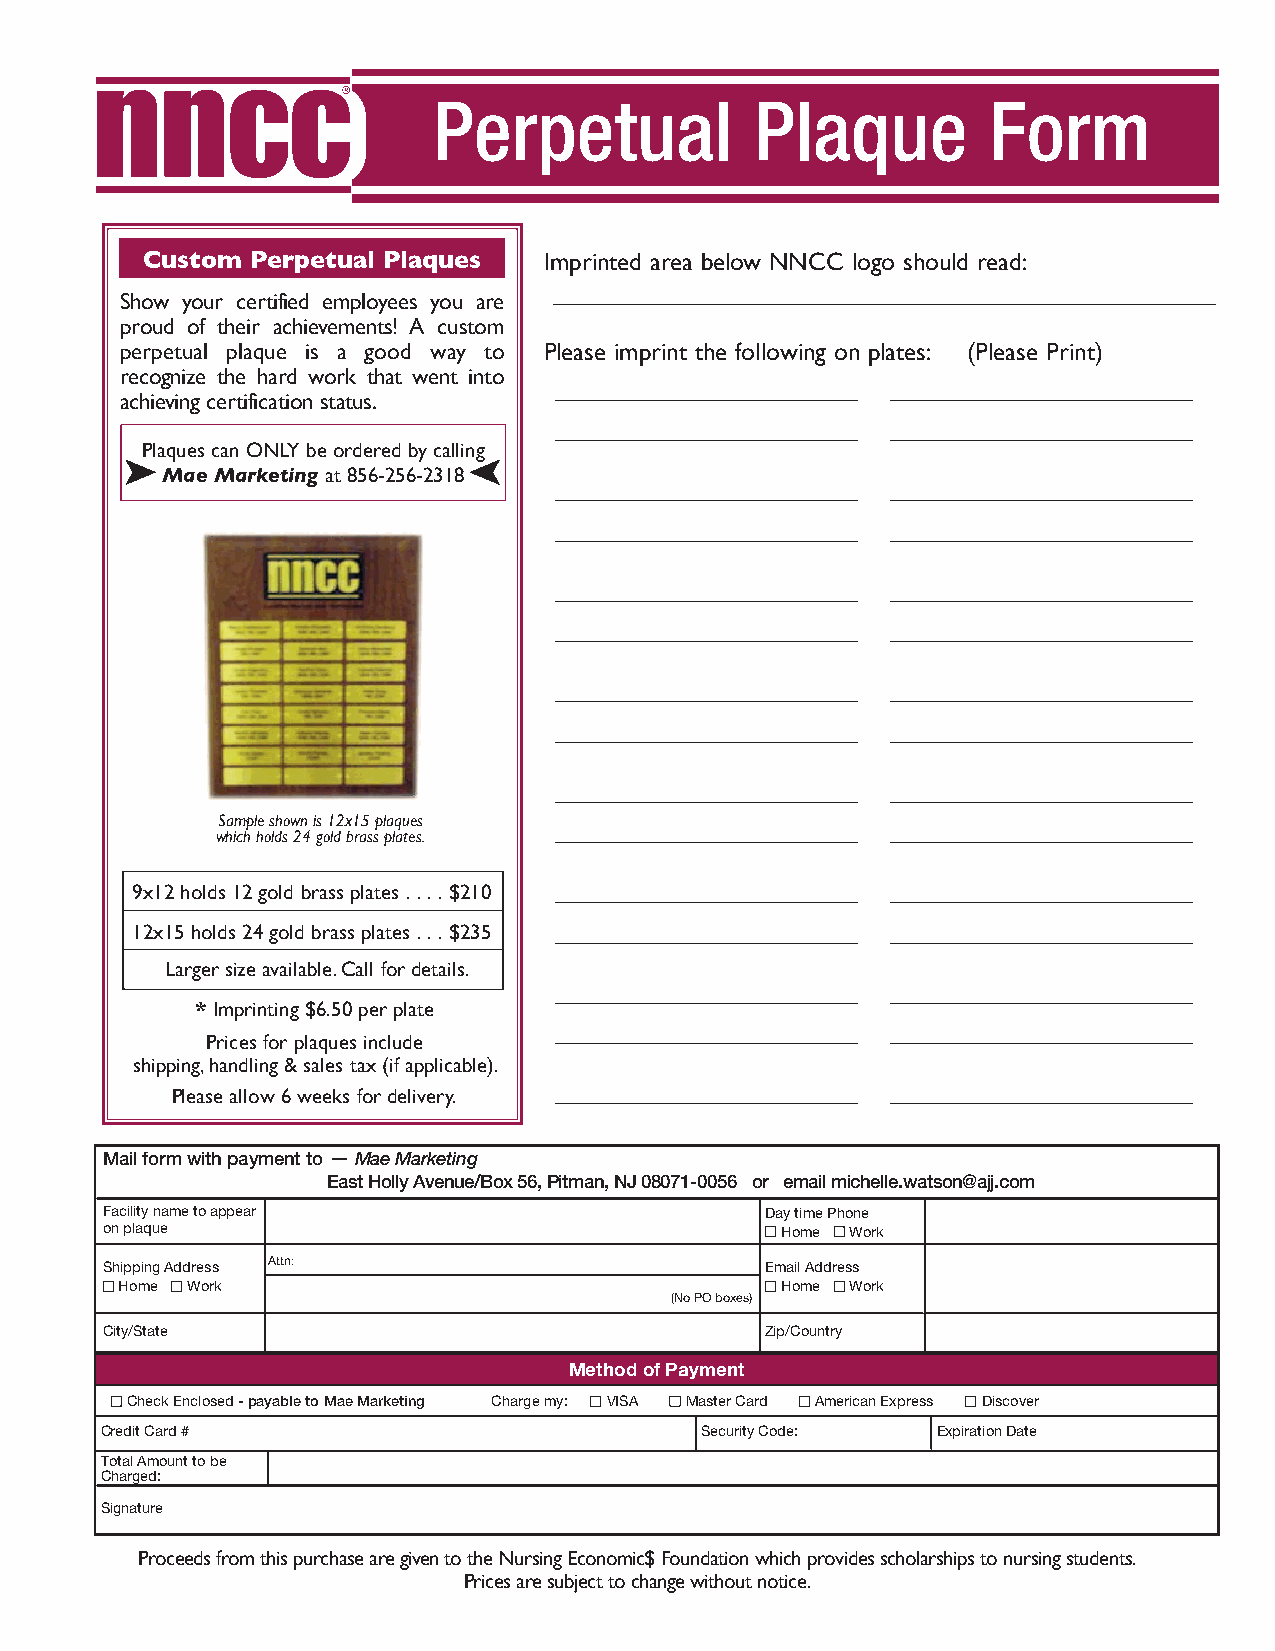
Perpetual            Plaque         Form
 Custom  Perpetual Plaques  Imprinted area below NNCC logo should read:
 ________________________________________________
 Show your certified employees you are
 proud of their achievements! A custom
 perpetual plaque is a good way to Please imprint the following on plates: (Please Print)
 recognize the hard work that went into
 ______________________ ______________________
 achieving certification status.
 ______________________ ______________________
 Plaques can ONLY be ordered by calling
 Mae Marketing at 856-256-2318
 ______________________ ______________________
 ______________________ ______________________
 ______________________ ______________________
 ______________________ ______________________
 ______________________ ______________________
 ______________________ ______________________
 ______________________ ______________________
 Sample shown is 12x15 plaques ______________________ ______________________
 which holds 24 gold brass plates.
 9x12 holds 12 gold brass plates . . . . $210 ______________________ ______________________
 12x15 holds 24 gold brass plates . . . $235 ______________________ ______________________
 Larger size available. Call for details.
 ______________________ ______________________
 * Imprinting $6.50 per plate
 ______________________ ______________________
 Prices for plaques include
 shipping, handling & sales tax (if applicable).
 ______________________ ______________________
 Please allow 6 weeks for delivery.
 Mail form with payment to — Mae Marketing
 East Holly Avenue/Box 56, Pitman, NJ 08071-0056 or email michelle.watson@ajj.com
 Facility name to appear                     Day time Phone
 on plaque                                   ■ Home ■ Work
 Shipping Address Attn:                      Email Address
 ■ Home ■ Work                               ■ Home ■ Work
 (No PO boxes)
 City/State                                  Zip/Country
 Method of Payment
 ■ Check Enclosed - payable to Mae Marketing Charge my: ■ VISA ■ Master Card ■ American Express ■ Discover
 Credit Card #                          Security Code:  Expiration Date
 Total Amount to be
 Charged:
 Signature
 Proceeds from this purchase are given to the Nursing Economic$ Foundation which provides scholarships to nursing students.
 Prices are subject to change without notice.